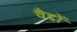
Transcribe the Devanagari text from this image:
वैद्दों